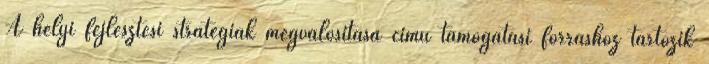
A helyi fejlesztési stratégiák megvalósítása című támogatási forráshoz tartozik